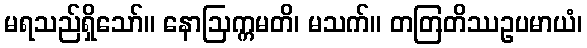
မရသည်ရှိသော်။ နောဩက္ကမတိ၊ မသက်။ တတြတိဿဥပမာယံ၊